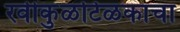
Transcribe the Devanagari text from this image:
रवीकुळटिळकाचा